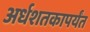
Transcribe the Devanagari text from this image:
अर्धशतकापर्यंत